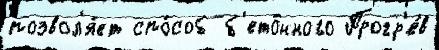
позвол'я́ет спо́соб б'ето́нного Прогр'е́в